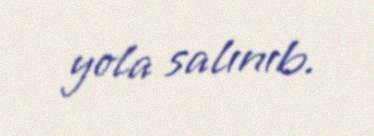
yola salınıb.